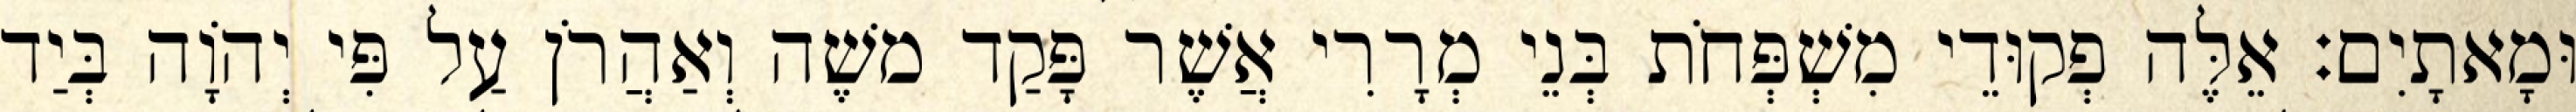
וּמָאתָיִם׃ אֵלֶּה פְקוּדֵי מִשְׁפְּחֹת בְּנֵי מְרָרִי אֲשֶׁר פָּקַד משֶׁה וְאַהֲרֹן עַל פִּי יְהוָֹה בְּיַד